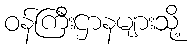
ဝန်ကြီးဌာနများသို့